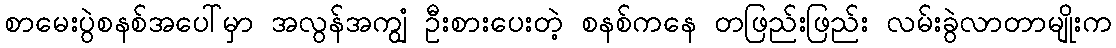
စာမေးပွဲစနစ်အပေါ်မှာ အလွန်အကျွံ ဦးစားပေးတဲ့ စနစ်ကနေ တဖြည်းဖြည်း လမ်းခွဲလာတာမျိုးက